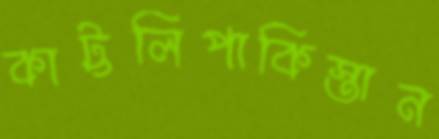
কাট্টলিপাকিস্তান